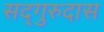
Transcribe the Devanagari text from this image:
सद्‌गुरुदास